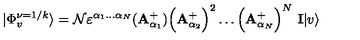
| \Phi _ { v } ^ { \nu = 1 / k } \rangle = { \cal N } \varepsilon ^ { \alpha _ { 1 } \dots \alpha _ { N } } ( { \bf A } { _ { \alpha _ { 1 } } ^ { + } } ) \Big ( { \bf A } _ { \alpha _ { 2 } } ^ { + } \Big ) ^ { 2 } \dots \Big ( { \bf A } _ { \alpha _ { N } } ^ { + } \Big ) ^ { N } \ { \bf I } | v \rangle